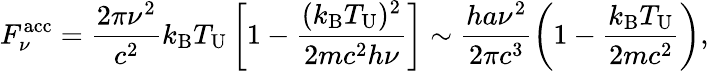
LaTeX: F_{\nu}^{\mathrm{acc}}=\frac{2\pi\nu^{2}}{c^{2}}k_{\mathrm{B}}T_{\mathrm{U}}\left[1-\frac{(k_{\mathrm{B}}T_{\mathrm{U}})^{2}}{2mc^{2}h\nu}\right]\sim\frac{ha\nu^{2}}{2\pi c^{3}}\left(1-\frac{k_{\mathrm{B}}T_{\mathrm{U}}}{2mc^{2}}\right),